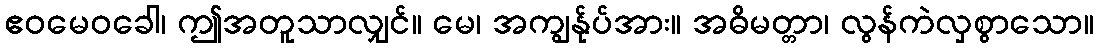
ဧဝမေဝခေါ၊ ဤအတူသာလျှင်။ မေ၊ အကျွန်ုပ်အား။ အဓိမတ္တာ၊ လွန်ကဲလှစွာသော။